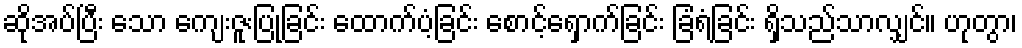
ဆိုအပ်ပြီး သော ကျေးဇူးပြုခြင်း ထောက်ပံ့ခြင်း စောင့်ရှောက်ခြင်း ခြံရံခြင်း ရှိသည်သာလျှင်။ ဟုတွာ၊